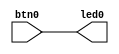
`timescale 1ns / 1ps
/***********************************************************************************************************************
*                                                                                                                      *
* ANTIKERNEL v0.1                                                                                                      *
*                                                                                                                      *
* Copyright (c) 2012-2016 Andrew D. Zonenberg                                                                          *
* All rights reserved.                                                                                                 *
*                                                                                                                      *
* Redistribution and use in source and binary forms, with or without modification, are permitted provided that the     *
* following conditions are met:                                                                                        *
*                                                                                                                      *
*    * Redistributions of source code must retain the above copyright notice, this list of conditions, and the         *
*      following disclaimer.                                                                                           *
*                                                                                                                      *
*    * Redistributions in binary form must reproduce the above copyright notice, this list of conditions and the       *
*      following disclaimer in the documentation and/or other materials provided with the distribution.                *
*                                                                                                                      *
*    * Neither the name of the author nor the names of any contributors may be used to endorse or promote products     *
*      derived from this software without specific prior written permission.                                           *
*                                                                                                                      *
* THIS SOFTWARE IS PROVIDED BY THE AUTHORS "AS IS" AND ANY EXPRESS OR IMPLIED WARRANTIES, INCLUDING, BUT NOT LIMITED   *
* TO, THE IMPLIED WARRANTIES OF MERCHANTABILITY AND FITNESS FOR A PARTICULAR PURPOSE ARE DISCLAIMED. IN NO EVENT SHALL *
* THE AUTHORS BE HELD LIABLE FOR ANY DIRECT, INDIRECT, INCIDENTAL, SPECIAL, EXEMPLARY, OR CONSEQUENTIAL DAMAGES        *
* (INCLUDING, BUT NOT LIMITED TO, PROCUREMENT OF SUBSTITUTE GOODS OR SERVICES; LOSS OF USE, DATA, OR PROFITS; OR       *
* BUSINESS INTERRUPTION) HOWEVER CAUSED AND ON ANY THEORY OF LIABILITY, WHETHER IN CONTRACT, STRICT LIABILITY, OR TORT *
* (INCLUDING NEGLIGENCE OR OTHERWISE) ARISING IN ANY WAY OUT OF THE USE OF THIS SOFTWARE, EVEN IF ADVISED OF THE       *
* POSSIBILITY OF SUCH DAMAGE.                                                                                          *
*                                                                                                                      *
***********************************************************************************************************************/

/**
	@file
	@author Andrew D. Zonenberg
	@brief Loopback test for AC701
 */

module MinimalAC701Bitstream(btn0, led0);
	input wire btn0;
	output wire led0;
	assign led0 = btn0;
endmodule